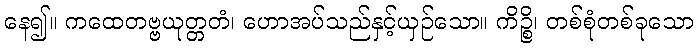
နေ၍။ ကထေတဗ္ဗယုတ္တတံ၊ ဟောအပ်သည်နှင့်ယှဉ်သော။ ကိဉ္စိ၊ တစ်စုံတစ်ခုသော